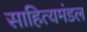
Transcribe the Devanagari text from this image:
साहित्यमंडल